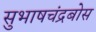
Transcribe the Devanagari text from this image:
सुभाषचंद्रबोस